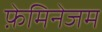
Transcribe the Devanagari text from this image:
फ़ेमिनेजम